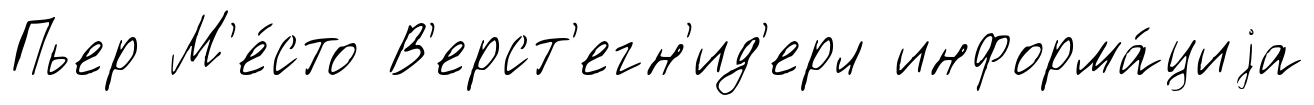
Пьер М'е́сто В'ерст'егн'ид'ерл информа́циjа